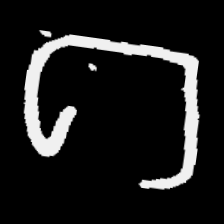
Pyu character \u2014 Myanmar letter: ဂ (romanized: ga)